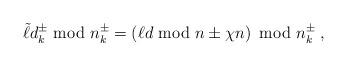
LaTeX: \begin{align*}\tilde{\ell} d_k^\pm {\rm ~mod~} n_k^\pm =\left( \ell d {\rm ~mod~} n \pm \chi n \right) {\rm ~mod~} n_k^\pm \;, \end{align*}